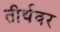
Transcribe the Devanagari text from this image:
तीर्थवर